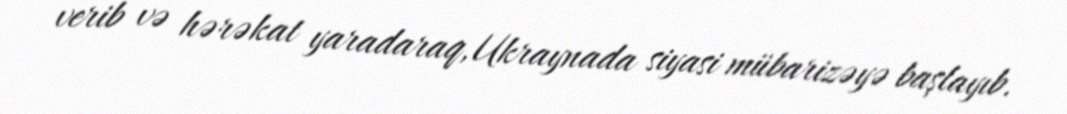
verib və hərəkat yaradaraq, Ukraynada siyasi mübarizəyə başlayıb.